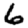
Digit: 6